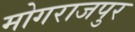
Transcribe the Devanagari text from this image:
मोगराजपुर